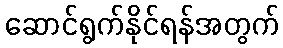
ဆောင်ရွက်နိုင်ရန်အတွက်